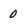
Character: 0